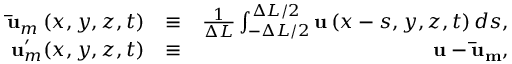
\begin{array} { r l r } { \mathbf { \bar { u } } _ { m } \left( x , y , z , t \right) } & { \equiv } & { \frac { 1 } { \Delta L } \int _ { - \Delta L / 2 } ^ { \Delta L / 2 } { \mathbf { u } \left( x - s , y , z , t \right) d s } , } \\ { \mathbf { u } _ { m } ^ { \prime } ( x , y , z , t ) } & { \equiv } & { \mathbf { u } - \mathbf { \bar { u } _ { m } } , } \end{array}